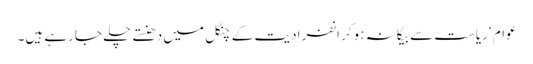
عوام ‘ریاست سے بیگانہ ہوکر انفرادیت کے چنگل میں دھنستے چلے جارہے ہیں۔